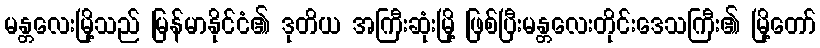
မန္တလေးမြို့သည် မြန်မာနိုင်ငံ၏ ဒုတိယ အကြီးဆုံးမြို့ ဖြစ်ပြီးမန္တလေးတိုင်းဒေသကြီး၏ မြို့တော်